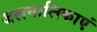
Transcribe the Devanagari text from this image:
जलनालिकाएं